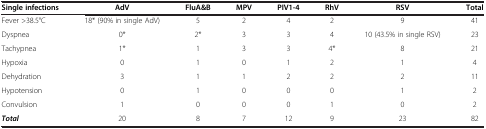
<table><thead><tr><td><b>Single infections</b></td><td><b>AdV</b></td><td><b>FluA&amp;B</b></td><td><b>MPV</b></td><td><b>PIV1-4</b></td><td><b>RhV</b></td><td><b>RSV</b></td><td><b>Total</b></td></tr></thead><tbody><tr><td>Fever &gt;38.5°C</td><td>18* (90% in single AdV)</td><td>5</td><td>2</td><td>4</td><td>2</td><td>9</td><td>41</td></tr><tr><td>Dyspnea</td><td>0*</td><td>2*</td><td>3</td><td>3</td><td>4</td><td>10 (43.5% in single RSV)</td><td>23</td></tr><tr><td>Tachypnea</td><td>1*</td><td>1</td><td>3</td><td>3</td><td>4*</td><td>8</td><td>21</td></tr><tr><td>Hypoxia</td><td>0</td><td>1</td><td>0</td><td>1</td><td>2</td><td>1</td><td>4</td></tr><tr><td>Dehydration</td><td>3</td><td>1</td><td>1</td><td>2</td><td>2</td><td>2</td><td>11</td></tr><tr><td>Hypotension</td><td>0</td><td>1</td><td>0</td><td>0</td><td>0</td><td>1</td><td>2</td></tr><tr><td>Convulsion</td><td>1</td><td>0</td><td>0</td><td>0</td><td>1</td><td>0</td><td>2</td></tr><tr><td><b><i>Total</i></b></td><td>20</td><td>8</td><td>7</td><td>12</td><td>9</td><td>23</td><td>82</td></tr></tbody></table>